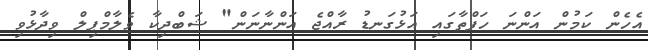
އެހެން ކަމުން އަންނަ ހަފްތާގައި އަޅުގަނޑު ރާއްޖެ އަންނާނަން" ޝަބްދިކާ ވެލާމްޕިލް ވިދާޅުވި